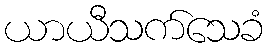
ယာယီသက်သေခံ